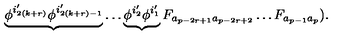
\underbrace { \phi ^ { i _ { 2 ( k + r ) } ^ { \prime } } \phi ^ { i _ { 2 ( k + r ) - 1 } ^ { \prime } } } \ldots \underbrace { \phi ^ { i _ { 2 } ^ { \prime } } \phi ^ { i _ { 1 } ^ { \prime } } } F _ { a _ { p - 2 r + 1 } a _ { p - 2 r + 2 } } \ldots F _ { a _ { p - 1 } a _ { p } } ) .